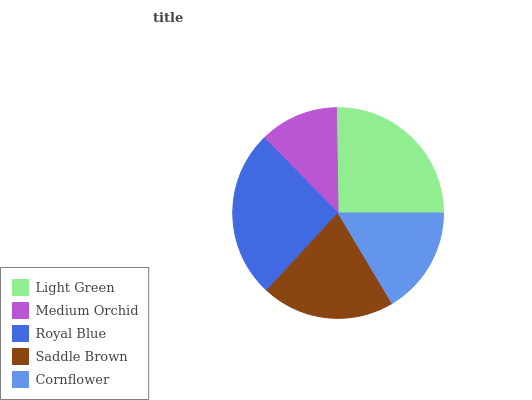
| Light Green | Medium Orchid | Royal Blue | Saddle Brown | Cornflower |
 | --- | --- | --- | --- | --- |
 | 25.3% | 12.1% | 25.8% | 20.4% | 16.4% |